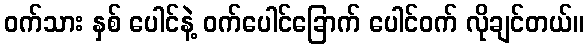
ဝက်သား နှစ် ပေါင်နဲ့ ဝက်ပေါင်ခြောက် ပေါင်ဝက် လိုချင်တယ်။